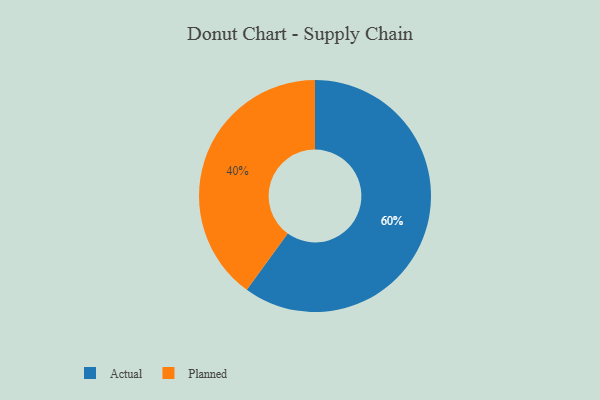
{"axis": {"x": "Category", "y": "Percentage"}, "legend": ["Actual", "Planned"], "data": [{"x": "Actual", "y": 60, "type": "Actual"}, {"x": "Planned", "y": 40, "type": "Planned"}]}